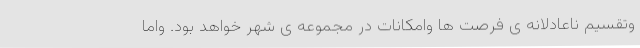
وتقسیم ناعادلانه ی فرصت ها وامکانات در مجموعه ی شهر خواهد بود. واما